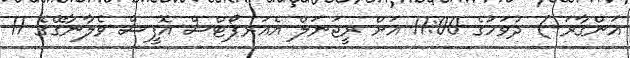
އަންގާރަ ) ދުވަހުގެ 11:00 އަށް ރީޖަނަލް އެއަރޕޯޓްސް އޮފީސް ވެލާނާގޭގެ 11